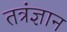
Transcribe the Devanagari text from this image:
तत्रंज्ञान